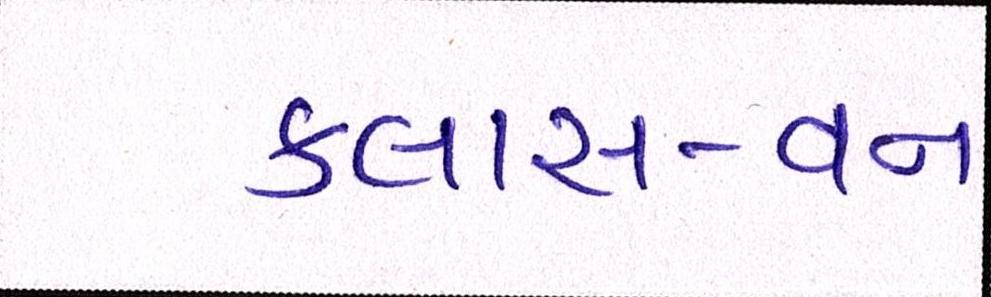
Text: કલાસ-વન